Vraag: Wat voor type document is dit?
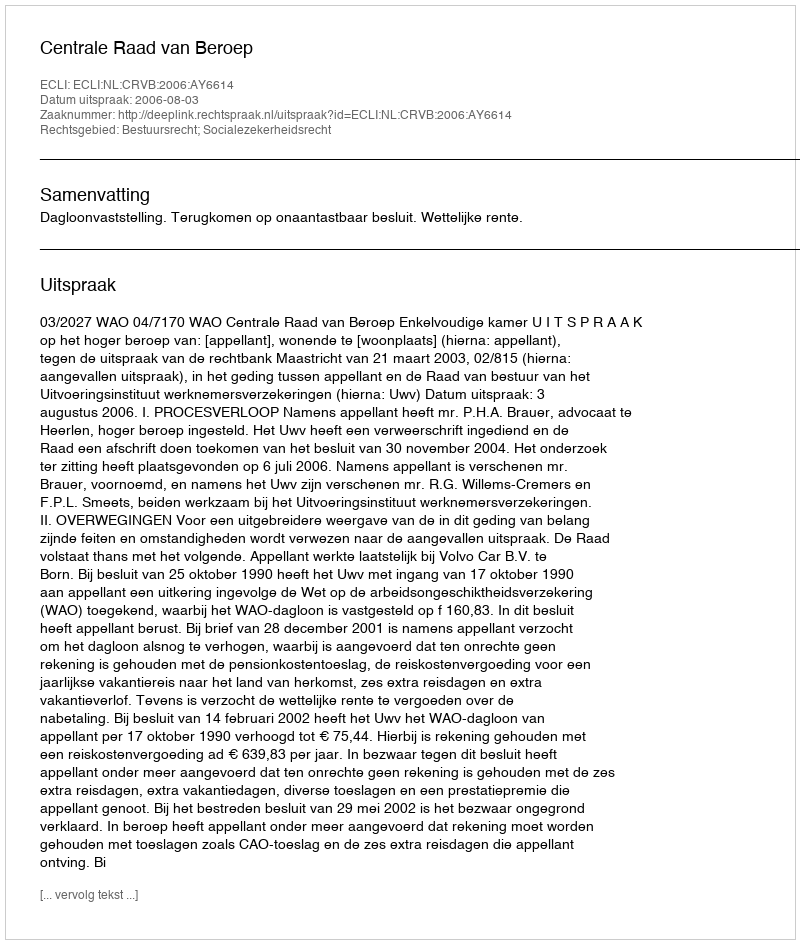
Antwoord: Uitspraak